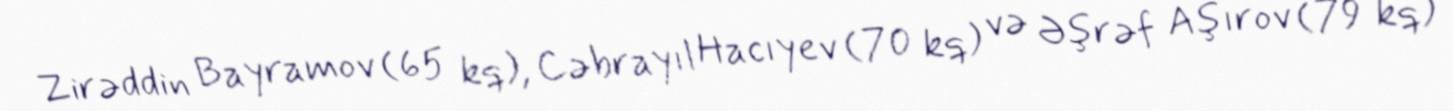
Zirəddin Bayramov (65 kq), Cəbrayıl Hacıyev (70 kq) və Əşrəf Aşırov (79 kq)